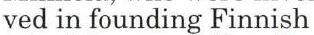
ved in founding Finnish